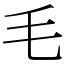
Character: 毛